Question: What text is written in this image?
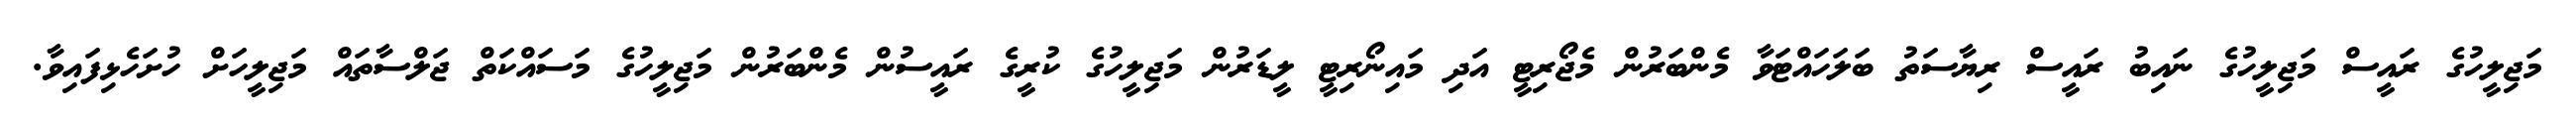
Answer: މަޖިލީހުގެ ރައީސް މަޖިލީހުގެ ނައިބު ރައީސް ރިޔާސަތު ބަލަހައްޓަވާ މެންބަރުން މެޖޯރިޓީ އަދި މައިނޯރިޓީ ލީޑަރުން މަޖިލީހުގެ ކުރީގެ ރައީސުން މެންބަރުން މަޖިލީހުގެ މަސައްކަތް ޖަލްސާތައް މަޖިލީހަށް ހުށަހެޅިފައިވާ.